Report on enteric fever
Disease focus: Fever
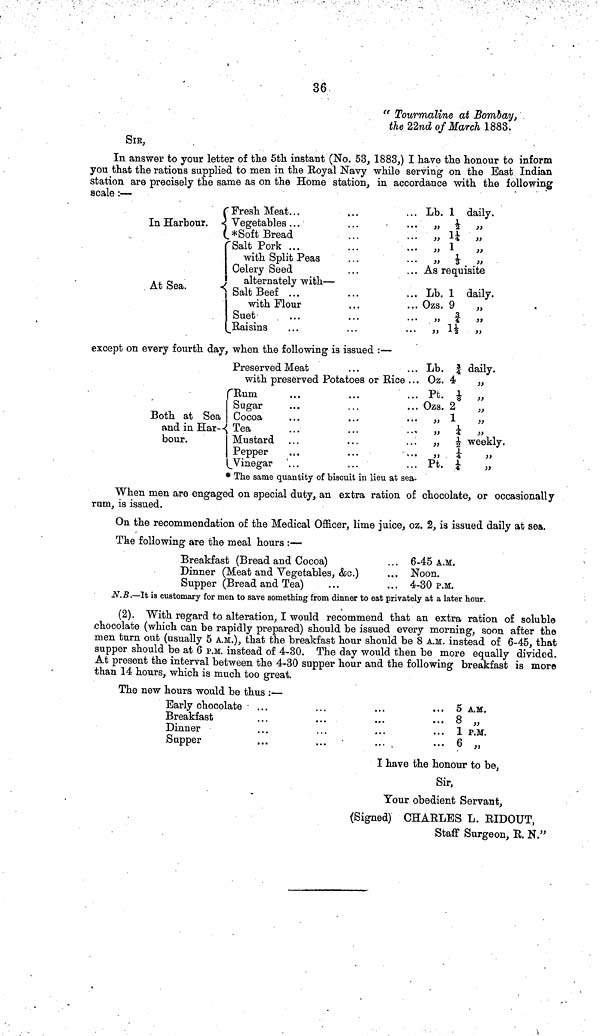
36
"Tourmaline at Bombay,
the 22nd of March 1883.
SIB,
In answer to your letter of the 5th instant (No. 53, 1883,) I have the honour to inform
you that the rations supplied to men in the Royal Navy while serving on the East Indian
station are precisely the same as on the Home station, in accordance with the following
scale :—
Fresh Meat...
...
... Lb. 1 daily.
In Harbour.
Vegetables ...
...
...
"
½
"
*Soft Bread
...
... „ 1¼ „
Salt Pork ...
...
... „ 1
„
with Split Peas
...
„ \1/3\ „
Celery Seed
...
... As requisite
alternately with—
At Sea.
Salt
Beef ...
...
... Lb. 1 daily.
with Flour
...
... Ozs. 9
„
I Suet
...
...
... „ \3/4\ „
Raisins
...
...
... „ 1½ ,,
except on every fourth day, when the following is issued :—
Preserved Meat
...
... Lb. \3/4\ daily.
with preserved Potatoes or Rice ... Oz. 4
„
Rum
...
...
... Pt. \1/8\ „
Sugar
...
...
... Ozs. 2
„
Both at Sea Cocoa
...
...
... „ 1
„
and in Har- Tea
...
...
„ \1/4\ „
bour.
Mustard ...
...
...
"
½
weekly.
Pepper
.,,
...
... „ \1/4\ „
Vinegar
...
...
... Pt. \1/4\ ,,
* The same quantity of biscuit in lieu at sea-
When men are engaged on special duty, an extra ration of chocolate, or occasionally
rum, is issued.
On the recommendation of the Medical Officer, lime juice, oz. 2, is issued daily at sea.
The following are the meal hours :—
Breakfast (Bread and Cocoa)
Dinner (Meat and Vegetables, &c.)
Supper (Bread and Tea)
...
...
6-45 A.M.
Noon.
4-30 P.M.
N.B.—It is customary for men to save something from dinner to eat privately at a later hour.
(2). With regard to alteration, I would recommend that an extra ration of soluble
chocolate (which can be rapidly prepared) should be issued every morning, soon after the
men turn out (usually 5 A.M.), that the breakfast hour should be 8 A.M. instead of 6-45, that
supper should be at 6 P.M. instead of 4-30. The day would then be more equally divided.
At present the interval between the 4-30 supper hour and the following breakfast is more
than 14 hours, which is much too great.
The new hours would be thus :—
Early chocolate
Breakfast
Dinner
Supper
...
...
...
...
...
...
...
...
...
...
...
5 A.M.
... 8 „
... 1 P.M.
... 6 „
I have the honour to be,
Sir,
Your obedient Servant,
(Signed) CHARLES L. RIDOUT,
Staff Surgeon, R. N."